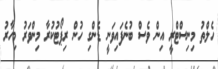
ހެލްތު މިނިސްޓްރީ އިން ވެސް ބުނެފައިވަނީ ޑެންގި ހުން ރިޕޯޓުކުރާ މިންވަރު މިހާރު